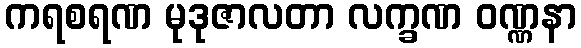
ကရစရဏ မုဒုဇာလတာ လက္ခဏ ဝဏ္ဏနာ